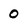
Character: 0